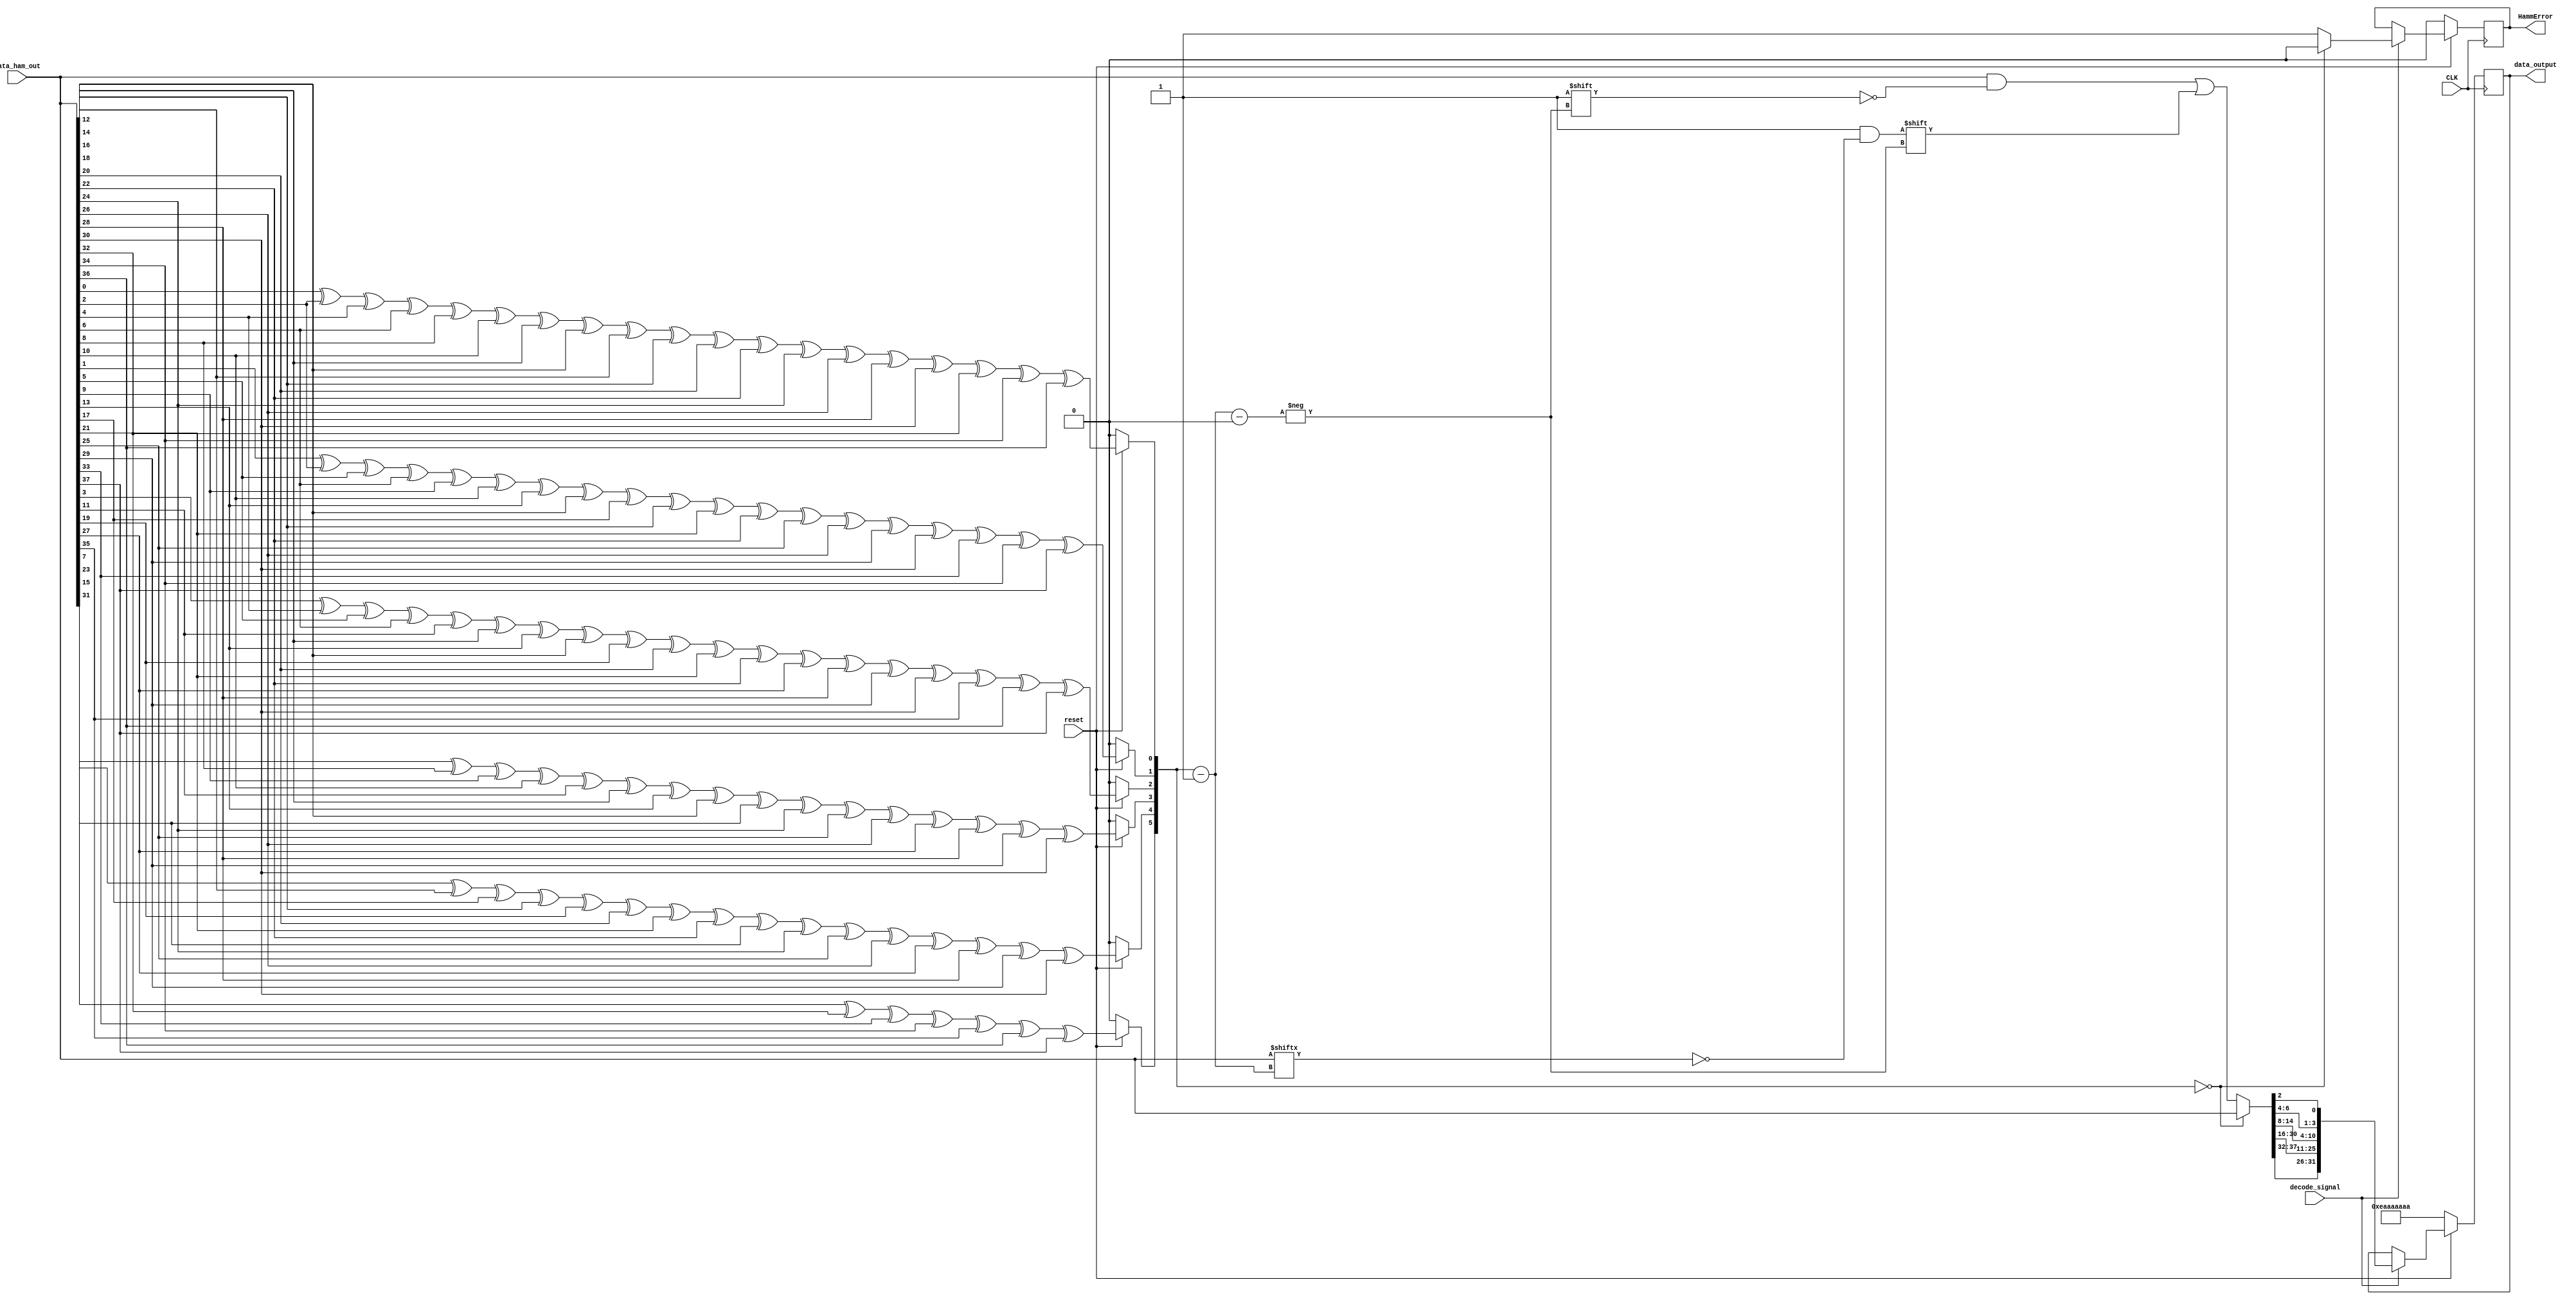
/****************************************************************************************************
 *                          ! THIS FILE WAS AUTO-GENERATED BY TMRG TOOL !                           *
 *                                   ! DO NOT EDIT IT MANUALLY !                                    *
 *                                                                                                  *
 *                                                                                                  *
 * user    : soldi                                                                                  *
 * host    : elt159xl.to.infn.it                                                                    *
 *                                                                                                  *
 * workdir : /export/elt159xl/disk0/users/soldi/LiTE-DTU_v2.0_2021_Simulations/pre-synth/LiteDTUv2_0_NoTMR *
 * cmd     : /export/elt159xl/disk0/users/soldi/LiTE-DTU_v2.0_2021_Simulations/tmrg/bin/tmrg -c     *
 *           tmr_Config/DTU_v2.cfg --tmr-dir=../LiteDTUv2_0_AUTOTMR/ -vvv                           *
 * tmrg rev: ececa199b20e3753893c07f87ef839ce926b269f                                               *
 *                                                                                                  *
 * src file: 5_2_LDTU_Hamm_RX.v                                                                     *
 *           File is NOT under version control!                                                     *
 *           Modification time : 2021-07-12 12:03:31.503268                                         *
 *           File Size         : 4553                                                               *
 *           MD5 hash          : 8d81d551581193ce4aec15dc610104dd                                   *
 *                                                                                                  *
 ****************************************************************************************************/

`timescale   1ns/1ps

module Hamm_RX(
  CLK,
  reset,
  decode_signal,
  data_ham_out,
  data_output,
  HammError
);
parameter    Nbits_32=32;
parameter    Nbits_ham=38;
input CLK;
input reset;
input [Nbits_ham-1:0] data_ham_out;
input decode_signal;
output reg   [Nbits_32-1:0] data_output;
output reg    HammError;
reg  [Nbits_ham-1:0] data_ham_corrected;
wire [5:0] error_position;
wire e0;
wire e1;
wire e2;
wire e3;
wire e4;
wire e5;
assign e0 =  (reset==1'b0) ? 1'b0 : data_ham_out[0] ^data_ham_out[2] ^data_ham_out[4] ^data_ham_out[6] ^data_ham_out[8] ^data_ham_out[10] ^data_ham_out[12] ^data_ham_out[14] ^data_ham_out[16] ^data_ham_out[18] ^data_ham_out[20] ^data_ham_out[22] ^data_ham_out[24] ^data_ham_out[26] ^data_ham_out[28] ^data_ham_out[30] ^data_ham_out[32] ^data_ham_out[34] ^data_ham_out[36] ;
assign e1 =  (reset==1'b0) ? 1'b0 : data_ham_out[1] ^data_ham_out[2] ^data_ham_out[5] ^data_ham_out[6] ^data_ham_out[9] ^data_ham_out[10] ^data_ham_out[13] ^data_ham_out[14] ^data_ham_out[17] ^data_ham_out[18] ^data_ham_out[21] ^data_ham_out[22] ^data_ham_out[25] ^data_ham_out[26] ^data_ham_out[29] ^data_ham_out[30] ^data_ham_out[33] ^data_ham_out[34] ^data_ham_out[37] ;
assign e2 =  (reset==1'b0) ? 1'b0 : data_ham_out[3] ^data_ham_out[4] ^data_ham_out[5] ^data_ham_out[6] ^data_ham_out[11] ^data_ham_out[12] ^data_ham_out[13] ^data_ham_out[14] ^data_ham_out[19] ^data_ham_out[20] ^data_ham_out[21] ^data_ham_out[22] ^data_ham_out[27] ^data_ham_out[28] ^data_ham_out[29] ^data_ham_out[30] ^data_ham_out[35] ^data_ham_out[36] ^data_ham_out[37] ;
assign e3 =  (reset==1'b0) ? 1'b0 : data_ham_out[7] ^data_ham_out[8] ^data_ham_out[9] ^data_ham_out[10] ^data_ham_out[11] ^data_ham_out[12] ^data_ham_out[13] ^data_ham_out[14] ^data_ham_out[23] ^data_ham_out[24] ^data_ham_out[25] ^data_ham_out[26] ^data_ham_out[27] ^data_ham_out[28] ^data_ham_out[29] ^data_ham_out[30] ;
assign e4 =  (reset==1'b0) ? 1'b0 : data_ham_out[15] ^data_ham_out[16] ^data_ham_out[17] ^data_ham_out[18] ^data_ham_out[19] ^data_ham_out[20] ^data_ham_out[21] ^data_ham_out[22] ^data_ham_out[23] ^data_ham_out[24] ^data_ham_out[25] ^data_ham_out[26] ^data_ham_out[27] ^data_ham_out[28] ^data_ham_out[29] ^data_ham_out[30] ;
assign e5 =  (reset==1'b0) ? 1'b0 : data_ham_out[31] ^data_ham_out[32] ^data_ham_out[33] ^data_ham_out[34] ^data_ham_out[35] ^data_ham_out[36] ^data_ham_out[37] ;
assign error_position =  {e5,e4,e3,e2,e1,e0};

always @( posedge CLK )
  begin
    if (reset==1'b0)
      begin
        HammError =  1'b0;
        data_output =  32'b11101010101010101010101010101010;
      end
    else
      begin
        if (decode_signal==1'b1)
          begin
            data_ham_corrected =  data_ham_out;
            if (error_position==6'b0)
              begin
                HammError =  1'b0;
              end
            else
              begin
                HammError =  1'b1;
                data_ham_corrected[error_position-6'b1]  =  ~data_ham_out[error_position-6'b1] ;
              end
            data_output =  {data_ham_corrected[37] ,data_ham_corrected[36] ,data_ham_corrected[35] ,data_ham_corrected[34] ,data_ham_corrected[33] ,data_ham_corrected[32] ,data_ham_corrected[30] ,data_ham_corrected[29] ,data_ham_corrected[28] ,data_ham_corrected[27] ,data_ham_corrected[26] ,data_ham_corrected[25] ,data_ham_corrected[24] ,data_ham_corrected[23] ,data_ham_corrected[22] ,data_ham_corrected[21] ,data_ham_corrected[20] ,data_ham_corrected[19] ,data_ham_corrected[18] ,data_ham_corrected[17] ,data_ham_corrected[16] ,data_ham_corrected[14] ,data_ham_corrected[13] ,data_ham_corrected[12] ,data_ham_corrected[11] ,data_ham_corrected[10] ,data_ham_corrected[9] ,data_ham_corrected[8] ,data_ham_corrected[6] ,data_ham_corrected[5] ,data_ham_corrected[4] ,data_ham_corrected[2] };
          end
      end
  end
endmodule